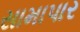
સામાપાર